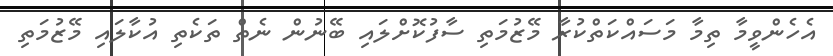
އެހެންވީމާ ތިމާ މަސައްކަތްކުރާ މޭޒުމަތި ސާފުކޮށްލައި ބޭނުން ނެތް ތަކެތި އުކާލައި މޭޒުމަތި